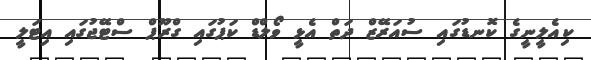
ކިއެލީނީގެ ކޮނޑުގައި ސުއަރޭޒް ދަތް އެޅީ ވޯލްޑް ކަޕުގައި ގްރޫޕް ސްޓޭޖުގައި އިޓަލީ